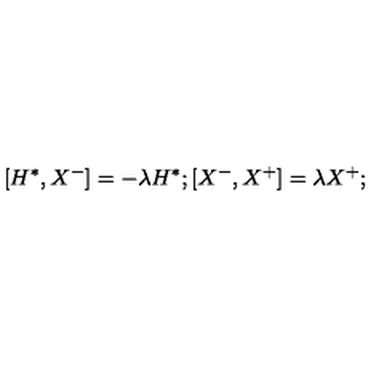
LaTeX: [ H ^ { * } , X ^ { - } ] = - \lambda H ^ { * } ; [ X ^ { - } , X ^ { + } ] = \lambda X ^ { + } ;